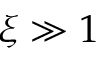
\xi \gg 1